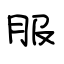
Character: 服